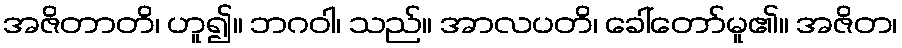
အဇိတာတိ၊ ဟူ၍။ ဘဂဝါ၊ သည်။ အာလပတိ၊ ခေါ်တော်မူ၏။ အဇိတ၊